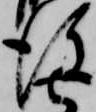
後